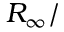
R _ { \infty } /